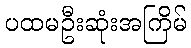
ပထမဦးဆုံးအကြိမ်